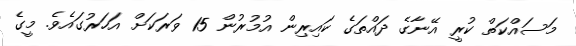
މަސައްކަތް ކުރީ އޭނާގެ ދައްތަގެ ކައިރިން އުމުރުން 15 ވަރަކަށް އަހަރުގައެވެ. މީގެ